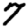
Digit: 7